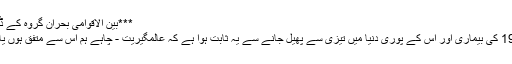
***بین الاقوامی بحران گروہ کے ڈائریکٹر برائے ایرانی منصوبہ علی واعظ؛
واعظ نے کہا کہ میرے خیال میں کوویڈ-19 کی بیماری اور اس کے پوری دنیا میں تیزی سے پھیل جانے سے یہ ثابت ہوا ہے کہ عالمگیریت - چاہے ہم اس سے متفق ہوں یا متفق نہ ہو - ایک ناقابل تردید حقیقت ہے۔